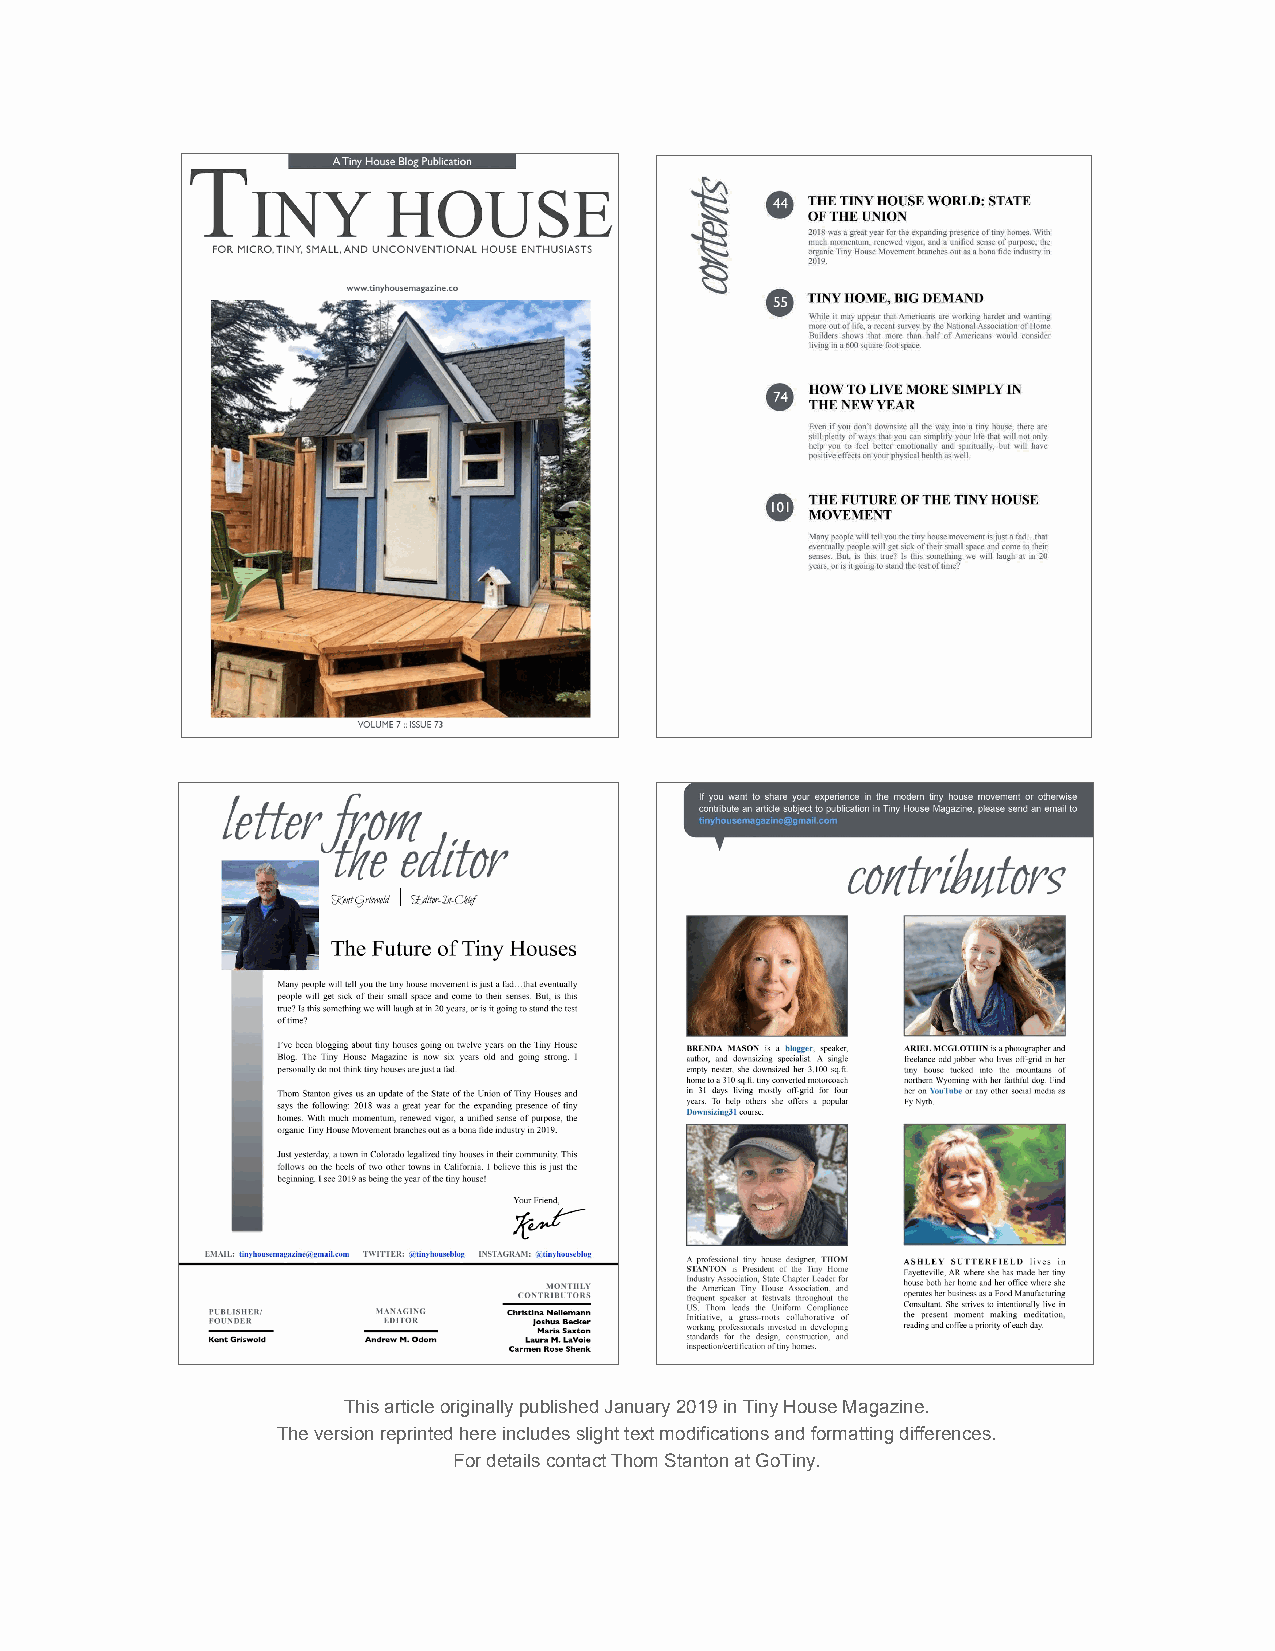
This article originally published January 2019 in Tiny House Magazine.
 The version reprinted here includes slight text modifications and formatting differences.
 For details contact Thom Stanton at GoTiny.